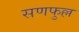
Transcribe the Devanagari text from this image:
सणफुल्ल